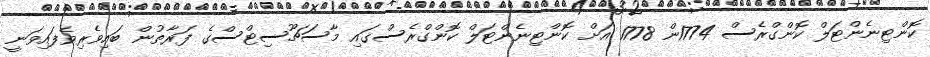
ކޮންޓިނެންޓަލް ކޮންގްރެސް 1774ން 1778 އަށް ކޮންޓިނެންޓަލް ކޮންގްރެސްގައި މާސަޗޫސިޓްސްގެ ފަރާތުން ބައިވެރިވެފައިވަނީ